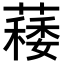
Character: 𦾎